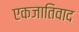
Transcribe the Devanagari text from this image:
एकजातिवाद